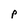
Character: P